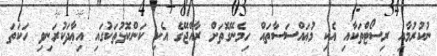
ނުކުރުމާއި ރިސޯޓްތަކާއި އެކި މުޢައްސަސާތައް ހިމެނޭގޮތަށް ރާއްޖޭގެ އެކި ކަންކޮޅުތަކުގައި އިޢާދަކުރަނިވި ހަކަތަ